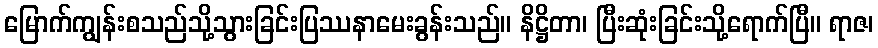
မြောက်ကျွန်းစသည်သို့သွားခြင်းပြဿနာမေးခွန်းသည်။ နိဋ္ဌိတာ၊ ပြီးဆုံးခြင်းသို့ရောက်ပြီ။ ရာဇ၊